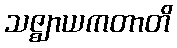
သဇ္ဈာယကတာတိ